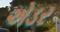
એડર